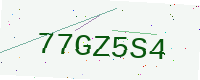
Text: 77GZ5S4